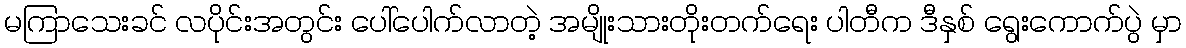
မကြာသေးခင် လပိုင်းအတွင်း ပေါ်ပေါက်လာတဲ့ အမျိုးသားတိုးတက်ရေး ပါတီက ဒီနှစ် ရွေးကောက်ပွဲ မှာ